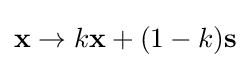
\mathbf {x} \to k\mathbf {x} +(1-k)\mathbf {s}